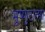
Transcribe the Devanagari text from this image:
भूष्णुरात्मा